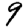
Digit: 9